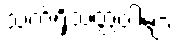
သက်ရှိသတ္တဝါများ